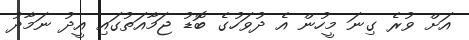
އަށް ވުރެ ގިނަ މީހުން އެ ދުވަހުގެ ބޮޑު ޖަމާއަތުގައި އީދު ނަމާދު